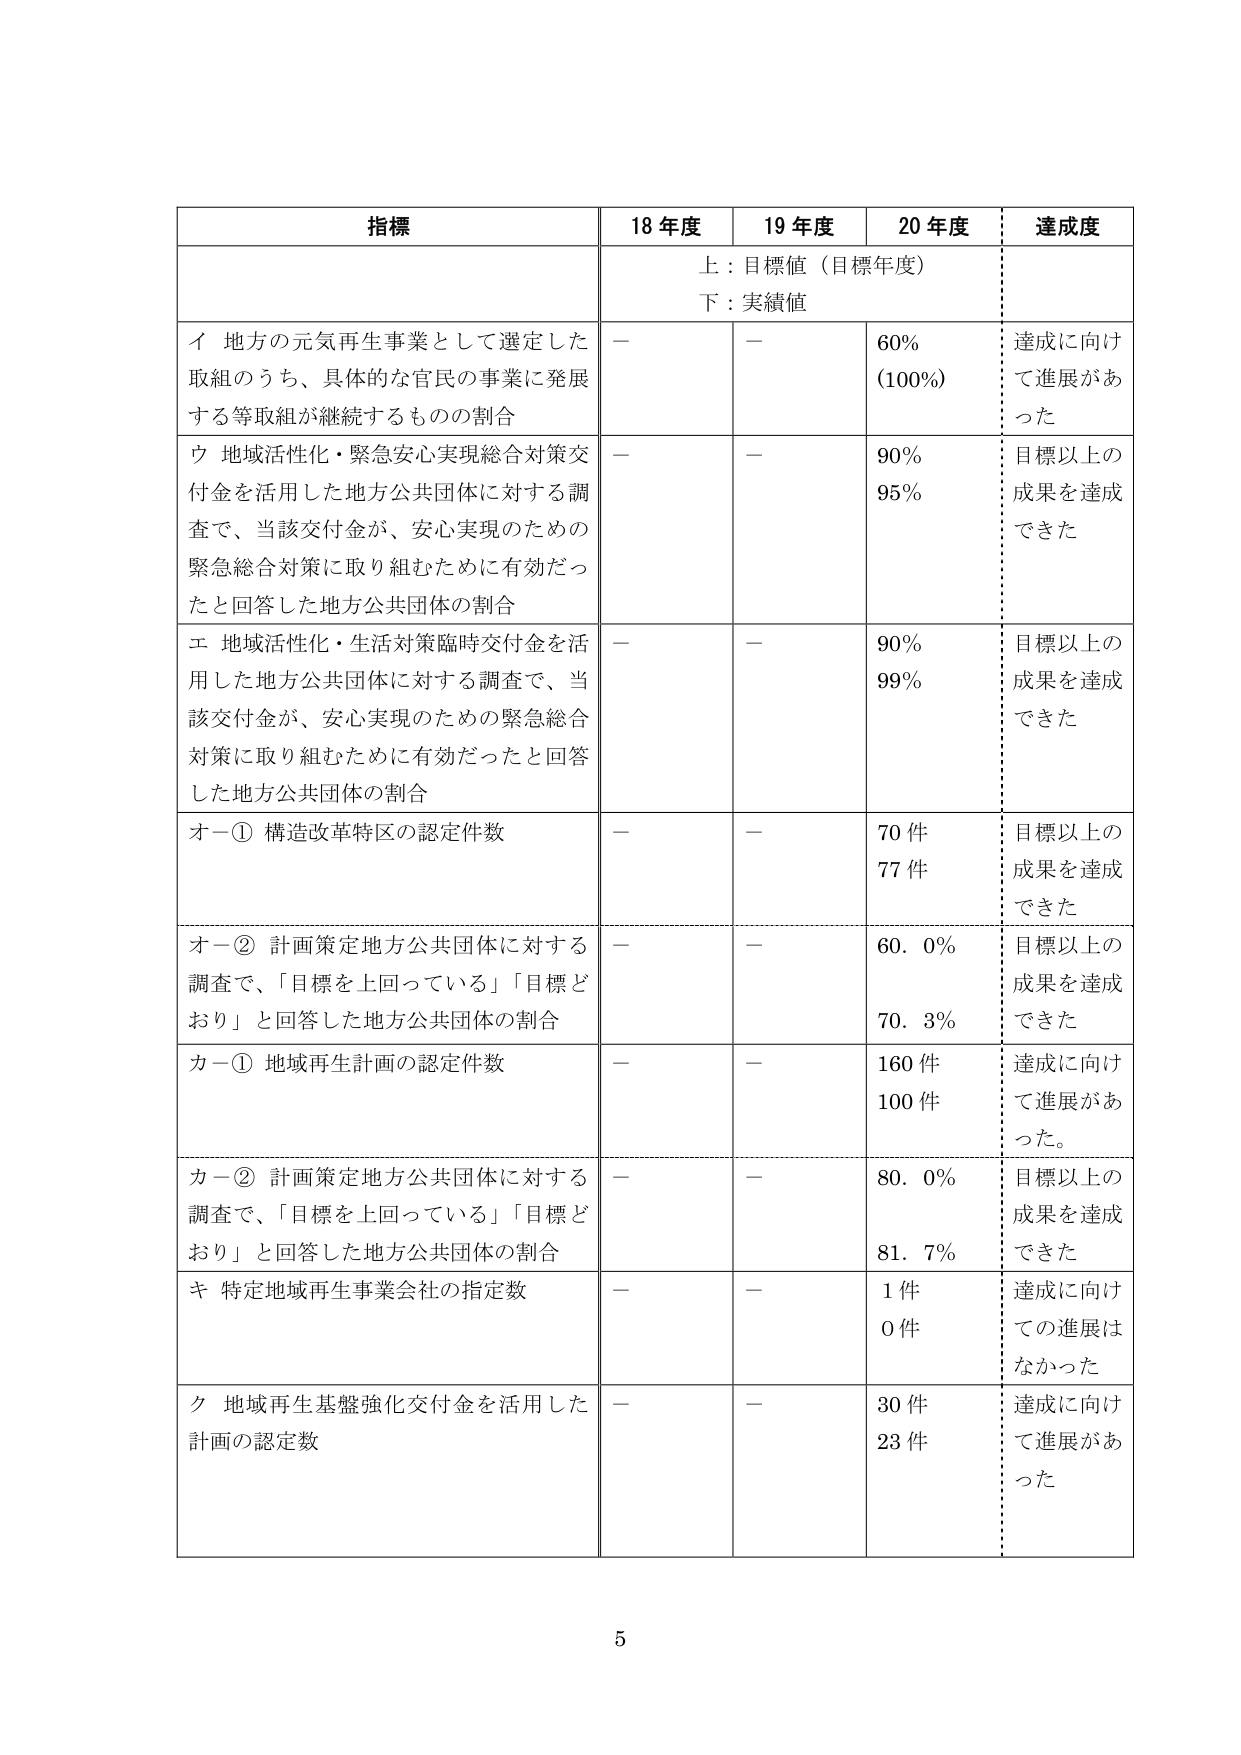
指標 18年度 19年度 20年度 達成度
上：目標値（目標年度）
下：実績値
イ 地方の元気再生事業として選定した取組のうち、具体的な官民の事業に発展する等取組が継続するものの割合 — — 60% (100%) 達成に向けて進展があった
ウ 地域活性化・緊急安心実現総合対策交付金を活用した地方公共団体に対する調査で、当該交付金が、安心実現のための緊急総合対策に取り組むために有効だったと回答した地方公共団体の割合 — — 90% 95% 目標以上の成果を達成できた
エ 地域活性化・生活対策臨時交付金を活用した地方公共団体に対する調査で、当該交付金が、安心実現のための緊急総合対策に取り組むために有効だったと回答した地方公共団体の割合 — — 90% 99% 目標以上の成果を達成できた
オ－① 構造改革特区の認定件数 — — 70件 77件 目標以上の成果を達成できた
オ－② 計画策定地方公共団体に対する調査で、「目標を上回っている」「目標どおり」と回答した地方公共団体の割合 — — 60.0% 70.3% 目標以上の成果を達成できた
カ－① 地域再生計画の認定件数 — — 160件 100件 達成に向けて進展があった。
カ－② 計画策定地方公共団体に対する調査で、「目標を上回っている」「目標どおり」と回答した地方公共団体の割合 — — 80.0% 81.7% 目標以上の成果を達成できた
キ 特定地域再生事業会社の指定数 — — 1件 0件 達成に向けての進展はなかった
ク 地域再生基盤強化交付金を活用した計画の認定数 — — 30件 23件 達成に向けて進展があった
5